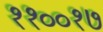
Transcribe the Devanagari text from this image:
११००१७